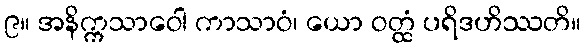
၉။ အနိက္ကသာဝေါ ကာသာဝံ၊ ယော ဝတ္ထံ ပရိဒဟိဿတိ။